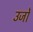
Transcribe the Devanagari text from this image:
उर्जो